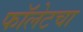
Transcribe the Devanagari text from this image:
फॉलेटचा